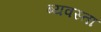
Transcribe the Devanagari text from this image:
ब्यवस्ता